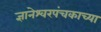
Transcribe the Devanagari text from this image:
ज्ञानेश्वरपंचकाच्या